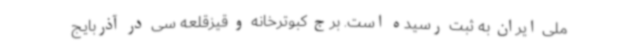
ملی ایران به ثبت رسیده است. برج کبوترخانه و قیزقلعه سی در آذربایج